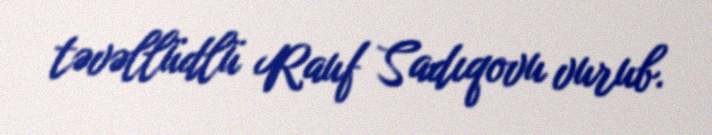
təvəllüdlü Rauf Sadıqovu vurub.